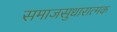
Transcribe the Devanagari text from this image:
समाजसुधारात्मक